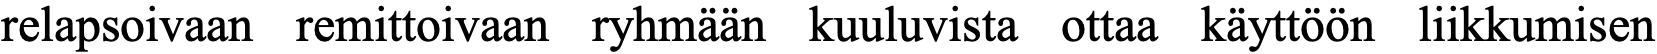
relapsoivaan remittoivaan ryhmään kuuluvista ottaa käyttöön liikkumisen